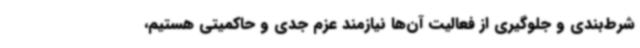
شرط‌بندی و جلوگیری از فعالیت آن‌ها نیازمند عزم جدی و حاکمیتی هستیم،